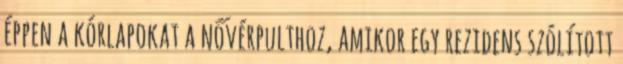
éppen a kórlapokat a nővérpulthoz, amikor egy rezidens szólított